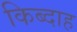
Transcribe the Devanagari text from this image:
किब्दाह